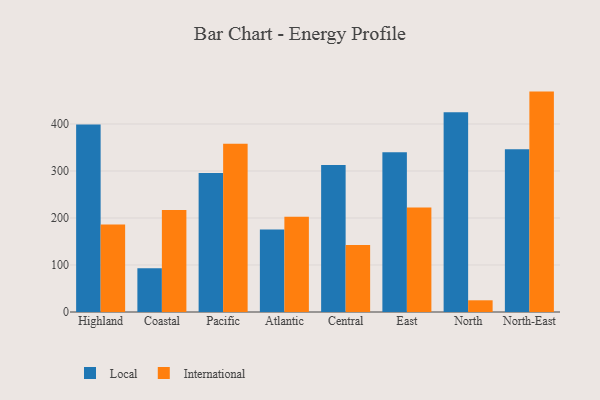
{"axis": {"x": "Region", "y": "Inventory Turnover"}, "legend": ["International", "Local"], "data": [{"x": "Highland", "y": 398.9, "type": "Local"}, {"x": "Highland", "y": 186.0, "type": "International"}, {"x": "Coastal", "y": 92.9, "type": "Local"}, {"x": "Coastal", "y": 217.1, "type": "International"}, {"x": "Pacific", "y": 295.8, "type": "Local"}, {"x": "Pacific", "y": 357.8, "type": "International"}, {"x": "Atlantic", "y": 175.4, "type": "Local"}, {"x": "Atlantic", "y": 202.6, "type": "International"}, {"x": "Central", "y": 312.8, "type": "Local"}, {"x": "Central", "y": 142.5, "type": "International"}, {"x": "East", "y": 339.8, "type": "Local"}, {"x": "East", "y": 222.4, "type": "International"}, {"x": "North", "y": 425.0, "type": "Local"}, {"x": "North", "y": 24.9, "type": "International"}, {"x": "North-East", "y": 346.1, "type": "Local"}, {"x": "North-East", "y": 468.9, "type": "International"}]}